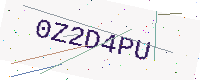
Text: 0Z2D4PU